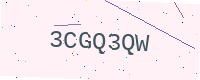
Text: 3CGQ3QW